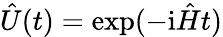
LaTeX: \hat{U}(t)=\exp(-\mathrm{i}\hat{H}t)